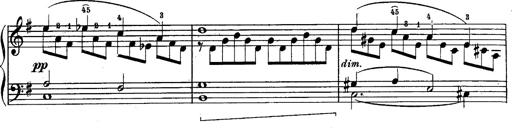
Title: Schubert's Impromptus [revised and edited by Franz Liszt]
Composer: Franz Liszt